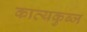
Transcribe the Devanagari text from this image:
काव्यकुब्ज